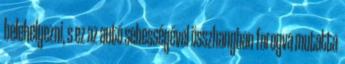
belehelyezni, s ez az autó sebességével összhangban forogva mutatta